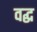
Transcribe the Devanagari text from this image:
वद्ध